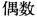
偶数